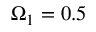
\Omega _ { 1 } = 0 . 5